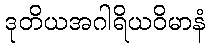
ဒုတိယအဂါရိယဝိမာနံ